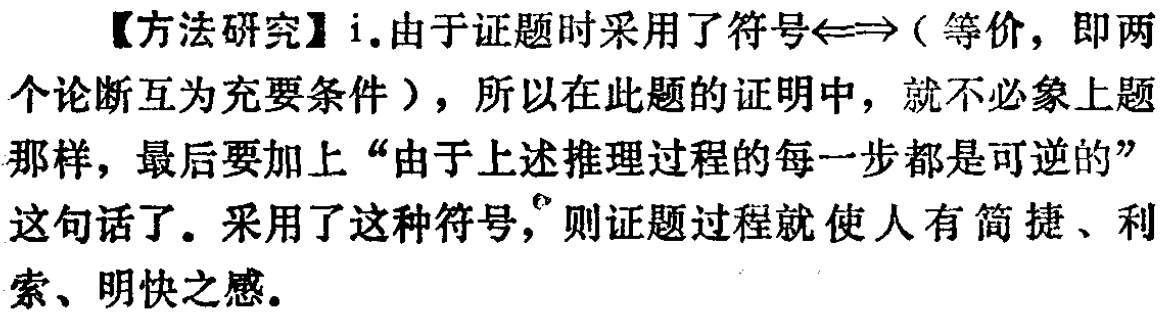
【方法研究】i.由于证题时采用了符号$\Leftrightarrow$（等价，即两个论断互为充要条件），所以在此题的证明中，就不必象上题那样，最后要加上“由于上述推理过程的每一步都是可逆的”这句话了。采用了这种符号，则证题过程就使人有简捷、利索、明快之感。